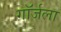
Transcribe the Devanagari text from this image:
गॉर्जला